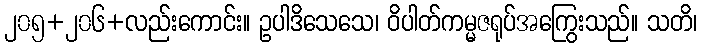
၂၀၅+၂၀၆+လည်းကောင်း။ ဥပါဒိသေသေ၊ ဝိပါတ်ကမ္မဇရုပ်အကြွေးသည်။ သတိ၊